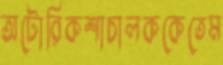
অটোরিকশাচালককেতেম